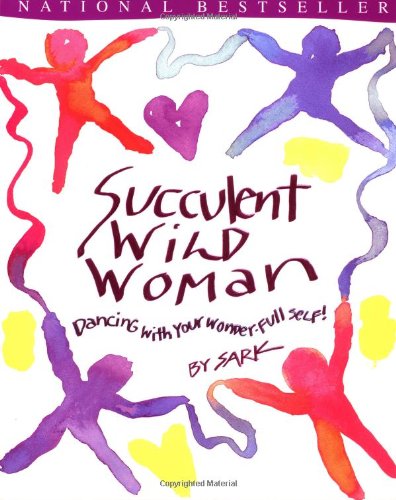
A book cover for Succulent Wild Woman; Sark; Humor & Entertainment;